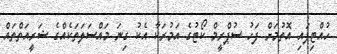
ހުއްޓިފައި އޮތުމަށް ފަހު ސުޕްރީމް ކޯޓުގެ އަމުރަކާ އެކު ގިނަ މައްސަލަތަކެއްގެ ޝަރީއަތްތައް